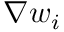
{ \nabla } w _ { i }